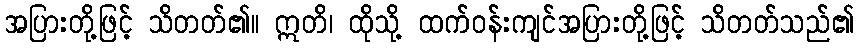
အပြားတို့ဖြင့် သိတတ်၏။ ဣတိ၊ ထိုသို့ ထက်ဝန်းကျင်အပြားတို့ဖြင့် သိတတ်သည်၏